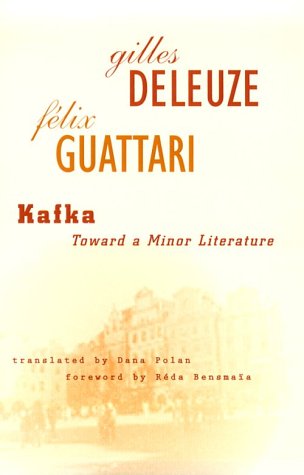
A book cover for Kafka: Toward a Minor Literature (Theory and History of Literature); Gilles Deleuze; Literature & Fiction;